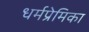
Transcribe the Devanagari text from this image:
धर्मप्रेमिका